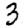
Digit: 3